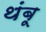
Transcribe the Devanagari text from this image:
थंबू